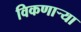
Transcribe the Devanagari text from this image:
विकणार्‍या